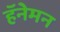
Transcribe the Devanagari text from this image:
हॅनेमन